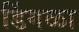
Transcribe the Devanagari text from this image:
डिंगळा